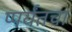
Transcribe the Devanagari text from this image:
प्पर्यंतचा